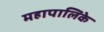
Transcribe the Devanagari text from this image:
महापालिके